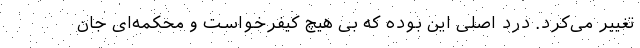
تغییر می‌کرد. درد اصلی این بوده که بی هیچ کیفرخواست و محکمه‌ای جان